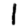
Digit: 1